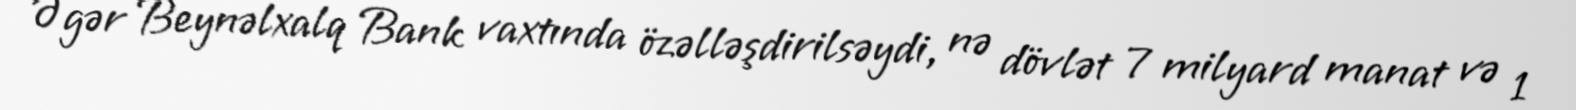
Əgər Beynəlxalq Bank vaxtında özəlləşdirilsəydi, nə dövlət 7 milyard manat və 1